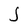
Character: J